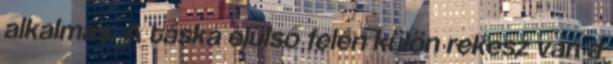
alkalmas. A táska elülső felén külön rekesz van a